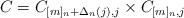
\begin{align*}C=C_{[m]_n +\Delta_n (j), j}\times C_{[m]_n , j}\end{align*}